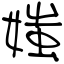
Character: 媸